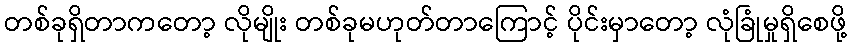
တစ်ခုရှိတာကတော့ လိုမျိုး တစ်ခုမဟုတ်တာကြောင့် ပိုင်းမှာတော့ လုံခြုံမှုရှိစေဖို့